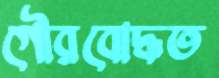
গৌরবোদ্ধত